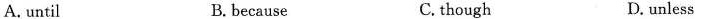
A. until B. because C. though D. unless